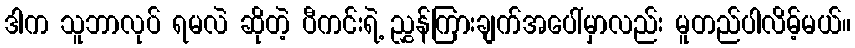
ဒါက သူဘာလုပ် ရမလဲ ဆိုတဲ့ ပီကင်းရဲ့ ညွှန်ကြားချက်အပေါ်မှာလည်း မူတည်ပါလိမ့်မယ်။